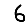
Digit: 6